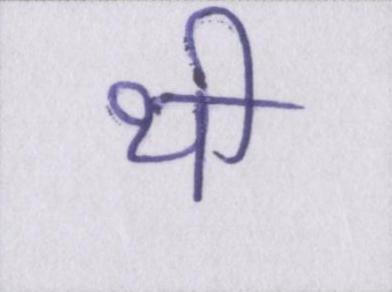
थी